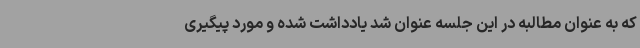
که به عنوان مطالبه در این جلسه عنوان شد یادداشت شده و مورد پیگیری